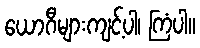
ယောဂီများကျင့်ပါ၊ ကြံပါ။